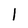
Character: l